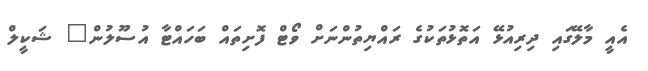
އެއީ މާލޭގައި ދިރިއުޅޭ އަތޮޅުތަކުގެ ރައްޔިތުންނަށް ވޯޓް ފޮށިތައް ބަހައްޓާ އުސޫލުން" ޝަކީލް